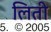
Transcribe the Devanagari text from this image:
लिती